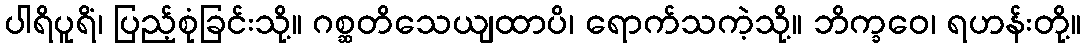
ပါရိပူရိံ၊ ပြည့်စုံခြင်းသို့။ ဂစ္ဆတိသေယျထာပိ၊ ရောက်သကဲ့သို့။ ဘိက္ခဝေ၊ ရဟန်းတို့။